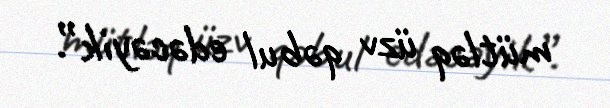
mütləq üzv qəbul edəcəyik”.